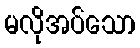
မလိုအပ်သော